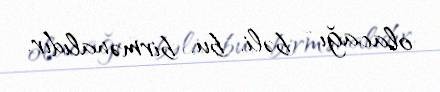
olacağı - bəli, bu, birmənalıdır.